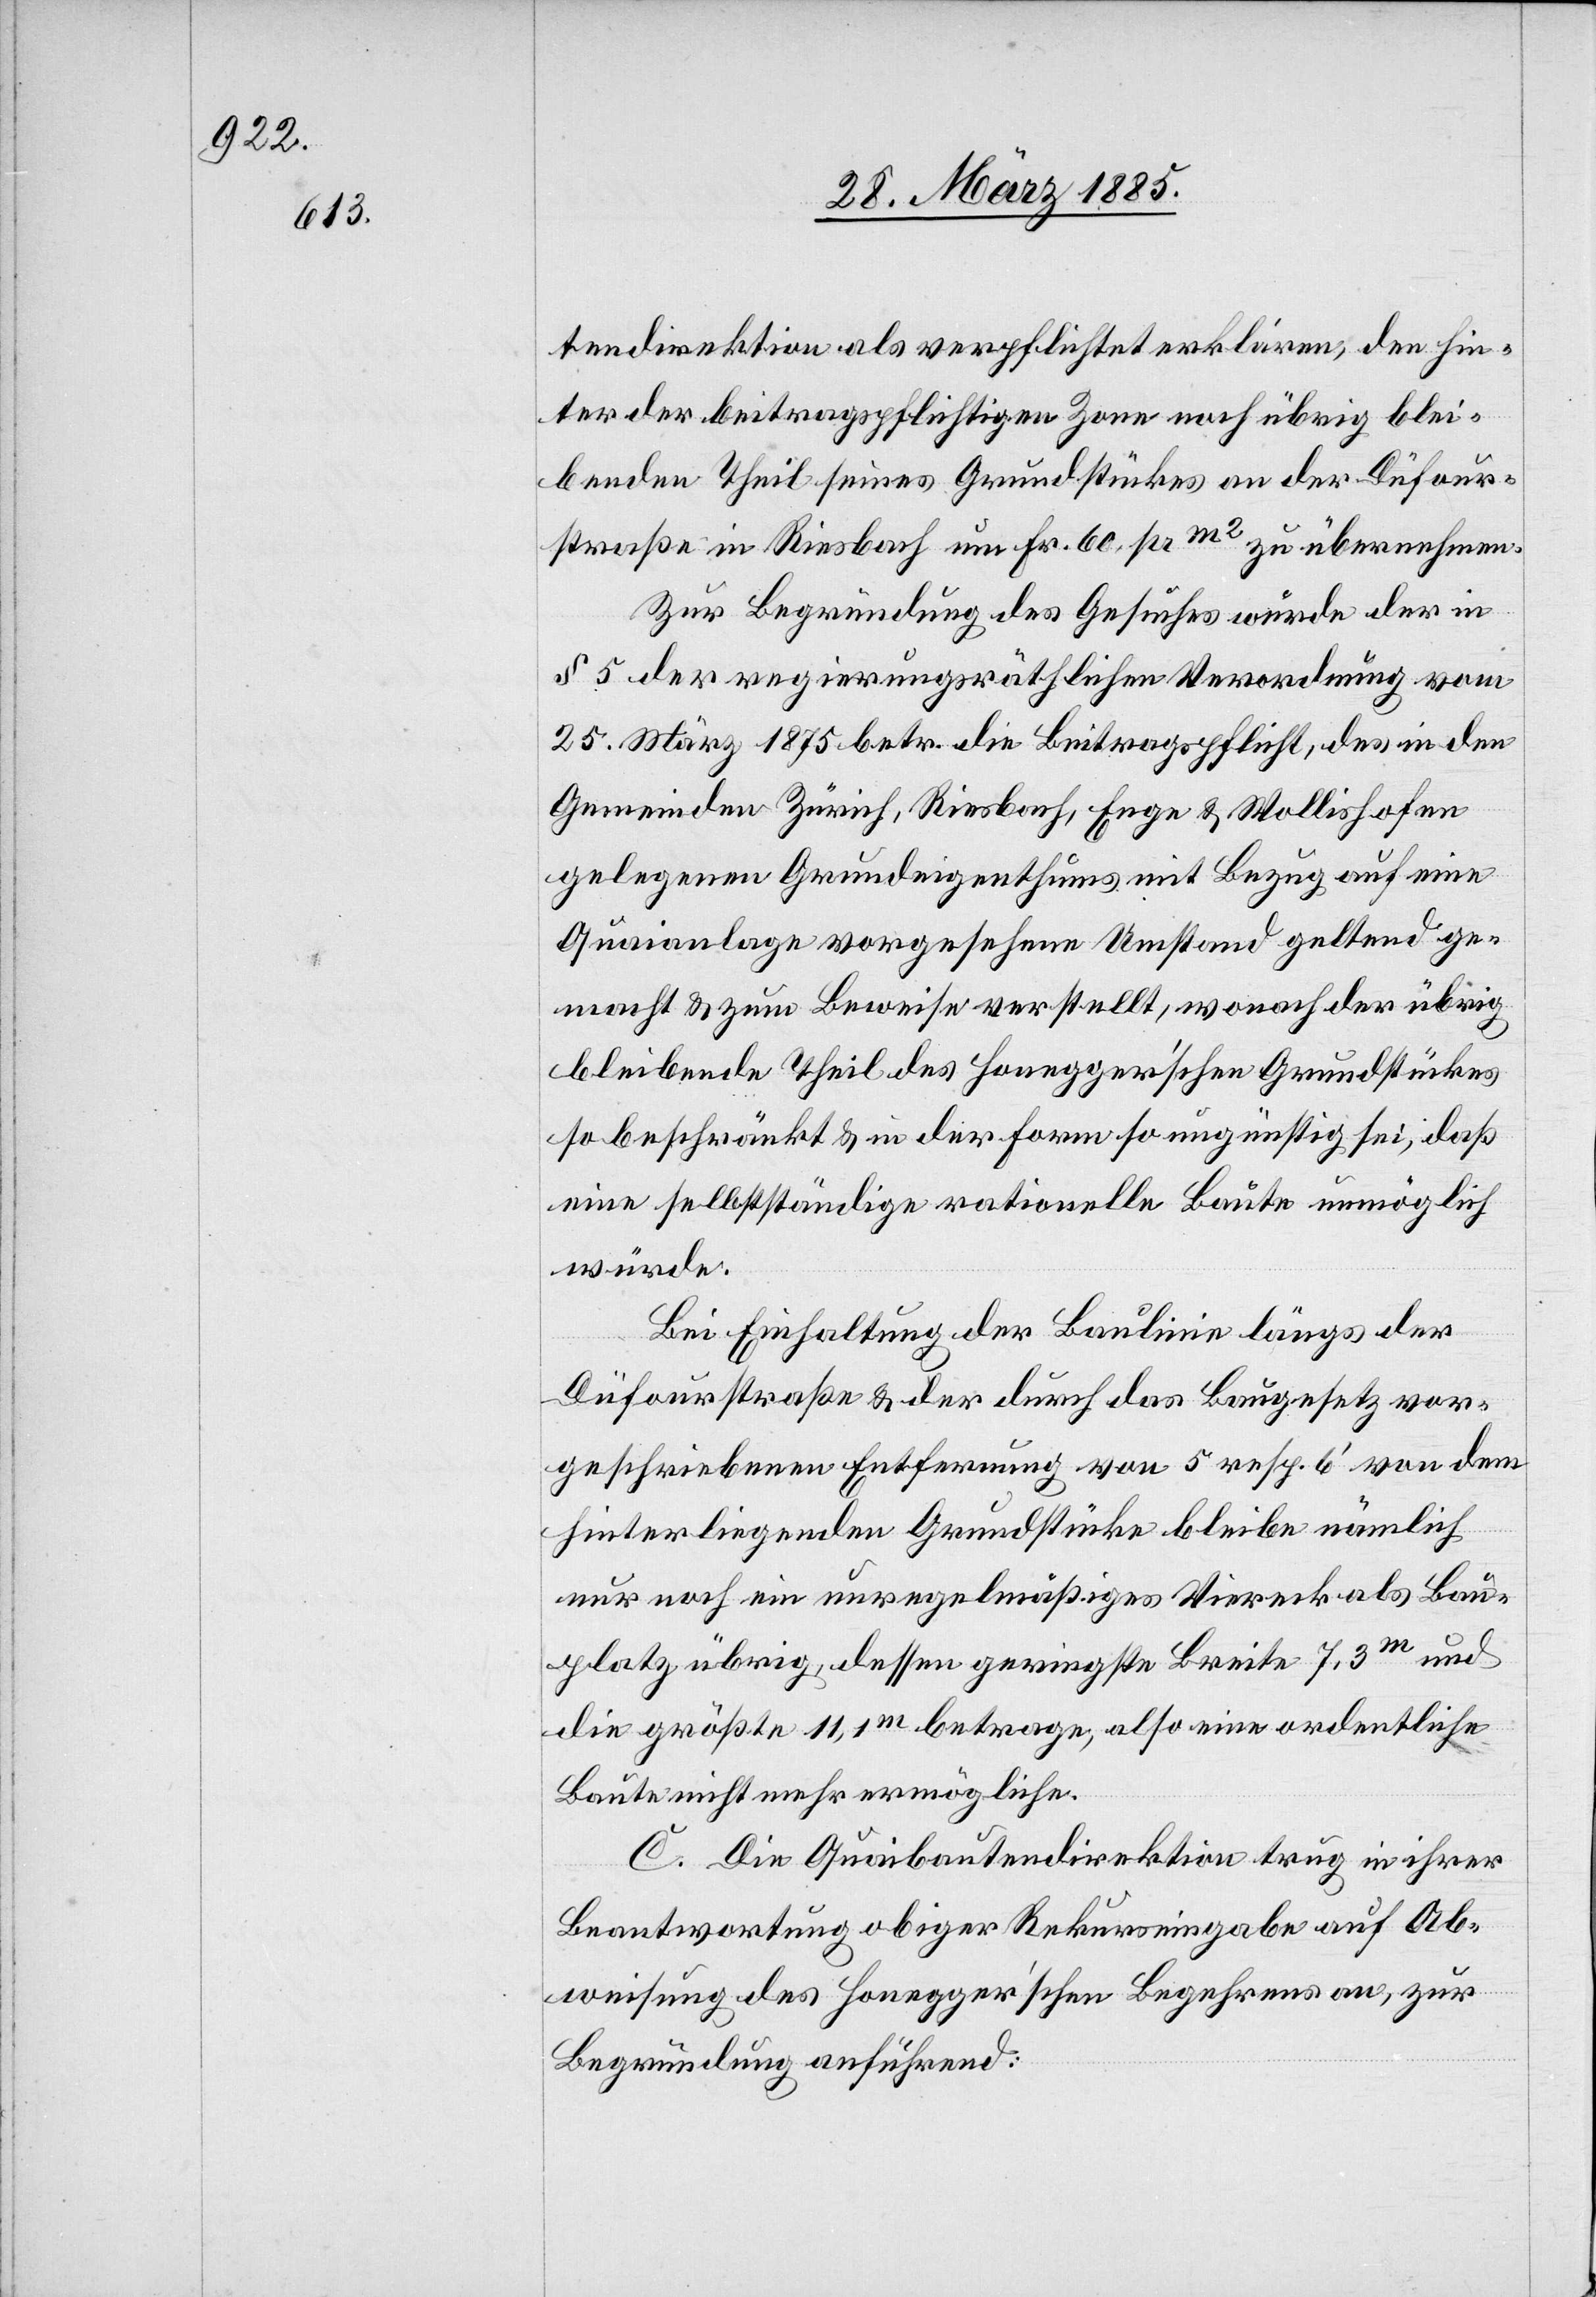
tendirektion als verpflichtet erklären, den hin¬
ter der beitragspflichtigen Zone noch übrig blei¬
benden Theil seines Grundstückes an der Düfour¬
straße in Riesbach um Fr. 60 pr. m2 zu übernehmen.
Zur Begründung des Gesuches wurde der in
§ 5 der regierungsräthlichen Verordnung vom
25. März 1875 betr. die Beitragspflicht, des in den
Gemeinden Zürich, Riesbach, Enge & Wollishofen
gelegenen Grundeigenthums mit Bezug auf eine
Quaianlage vorgesehene Umstand geltend ge¬
macht & zum Beweise verstellt, wonach der übrig
bleibende Theil des Honegger’schen Grundstückes
so beschränkt & in der Form so ungünstig sei, daß
eine selbstständige rationelle Baute unmöglich
würde.
Bei Einhaltung der Baulinie längs der
Düfourstraße & der durch das Baugesetz vor¬
geschriebenen Entfernung von 5 resp. 6‘ von dem
hinter liegenden Grundstücke bleibe nämlich
nur noch ein unregelmäßiges Viereck als Bau¬
platz übrig, dessen geringste Breite 7,3m und
die größte 11,1m betrage, also eine ordentliche
Baute nicht mehr ermögliche.
C. Die Quaibautendirektion trug in ihrer
Beantwortung obiger Rekurseingabe auf Ab¬
weisung des Honegger’schen Begehrens an, zur
Begründung anführend: